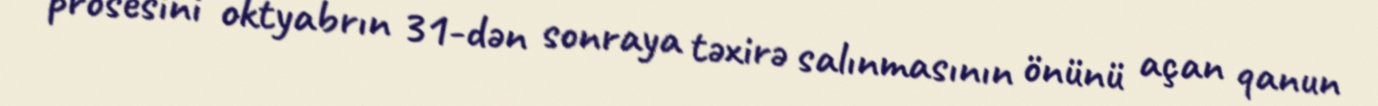
prosesini oktyabrın 31-dən sonraya təxirə salınmasının önünü açan qanun